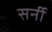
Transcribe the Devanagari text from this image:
सर्नी